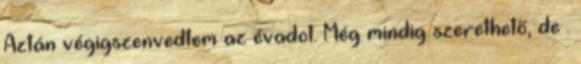
Aztán végigszenvedtem az évadot. Még mindig szerethető, de .